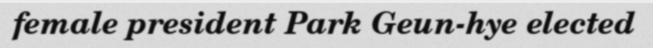
female president Park Geun-hye elected